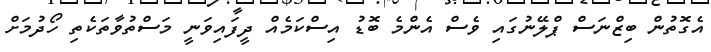
އެގޮތުން ބިޒްނަސް ޕްލޭނުގައި ވެސް އެންމެ ބޮޑު އިސްކަމެއް ދީފައިވަނީ މަސްތުވާތަކެތި ހޯދުމަށް